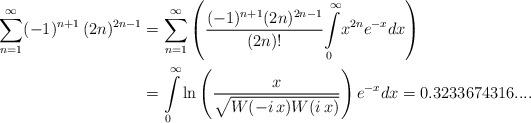
LaTeX: \begin{align*}{\displaystyle\sum\limits_{n=1}^{\infty}}(-1)^{n+1}\,(2n)^{2n-1} & ={\displaystyle\sum\limits_{n=1}^{\infty}}\left( \frac{(-1)^{n+1}(2n)^{2n-1}}{(2n)!}{\displaystyle\int\limits_{0}^{\infty}}x^{2n}e^{-x}dx\right) \\\ & ={\displaystyle\int\limits_{0}^{\infty}}\ln\left( \frac{x}{\sqrt{W(-i\,x)W(i\,x)}}\right) e^{-x}dx=0.3233674316....\end{align*}